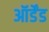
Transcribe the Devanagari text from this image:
ऑर्डेंड